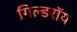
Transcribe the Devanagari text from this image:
गिल्डरॉय